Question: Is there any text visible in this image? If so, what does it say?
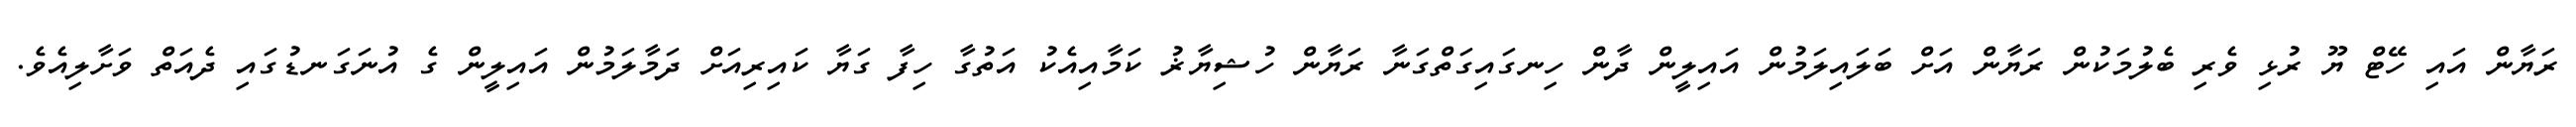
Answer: ރަޔާން އައި ހޭޓް ޔޫ ރުޅި ވެރި ބެލުމަކުން ރަޔާން އަށް ބަލައިލަމުން އައިލީން ދާން ހިނގައިގަތްގަނާ ރަޔާން ހުޝިޔާޜު ކަމާއިއެކު އަތުގާ ހިފާ ގަޔާ ކައިރިއަށް ދަމާލަމުން އައިލީން ގެ އުނަގަނޑުގައި ދެއަތް ވަށާލިއެވެ.